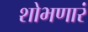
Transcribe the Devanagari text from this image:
शोभणारं